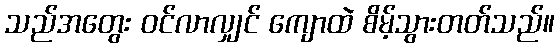
သည်အတွေး ဝင်လာလျှင် ကျောထဲ စိမ့်သွားတတ်သည်။